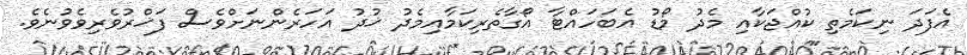
އެފަދަ ނިކަމެތި ކުއްޖަކާއި މެދު މޯޑު އެބަހައްޓާ އޯގާތެރިކަމާއިމެދު ޚުދު އަހަރެންނަށްވެސް ފަޚްރުވެރިވެވުނެވެ.